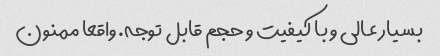
بسیار عالی و با کیفیت و حجم قابل توجه. واقعا ممنون